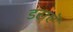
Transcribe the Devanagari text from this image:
डराएॅ